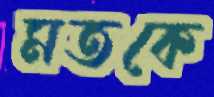
মতকে